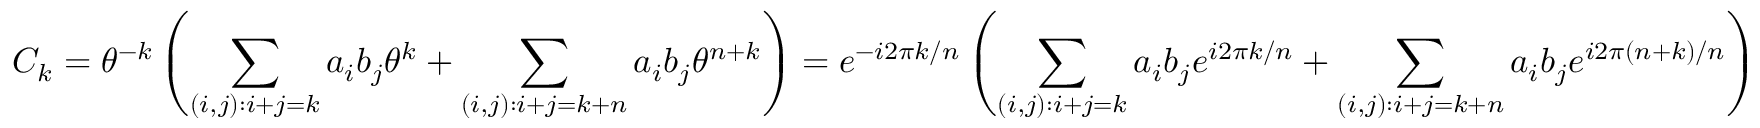
C _ { k } = \theta ^ { - k } \left( \sum _ { ( i , j ) : i + j = k } { a _ { i } b _ { j } \theta ^ { k } } + \sum _ { ( i , j ) : i + j = k + n } { a _ { i } b _ { j } \theta ^ { n + k } } \right) = e ^ { - i 2 \pi k / n } \left( \sum _ { ( i , j ) : i + j = k } { a _ { i } b _ { j } e ^ { i 2 \pi k / n } } + \sum _ { ( i , j ) : i + j = k + n } { a _ { i } b _ { j } e ^ { i 2 \pi ( n + k ) / n } } \right)